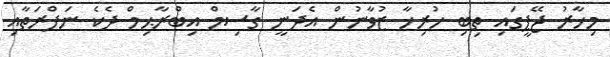
މިހާރު ޖޭޕީގައި ތިބި ހުރިހާ ޒުވާނުން އެދަނީ ގާސިމް އިބްރާޙިމް ދެކެ ނަފްރަތާއި